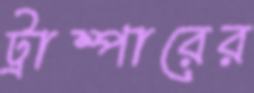
ট্রাম্পারের